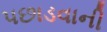
પછાડવાની